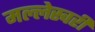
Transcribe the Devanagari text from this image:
मल्लेस्वरी